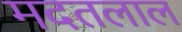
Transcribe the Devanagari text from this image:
मदतलाल